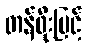
တန်ဖိုးမြင့်